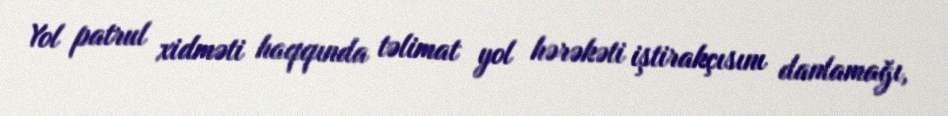
Yol patrul xidməti haqqında təlimat yol hərəkəti iştirakçısını danlamağı,